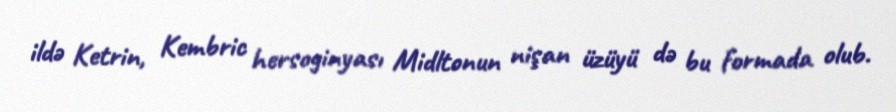
ildə Ketrin, Kembric hersoginyası Midltonun nişan üzüyü də bu formada olub.